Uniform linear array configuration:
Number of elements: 12
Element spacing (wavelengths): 0.75
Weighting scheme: uniform
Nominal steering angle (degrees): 30
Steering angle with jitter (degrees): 29.77
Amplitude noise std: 0.05
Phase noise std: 0.05

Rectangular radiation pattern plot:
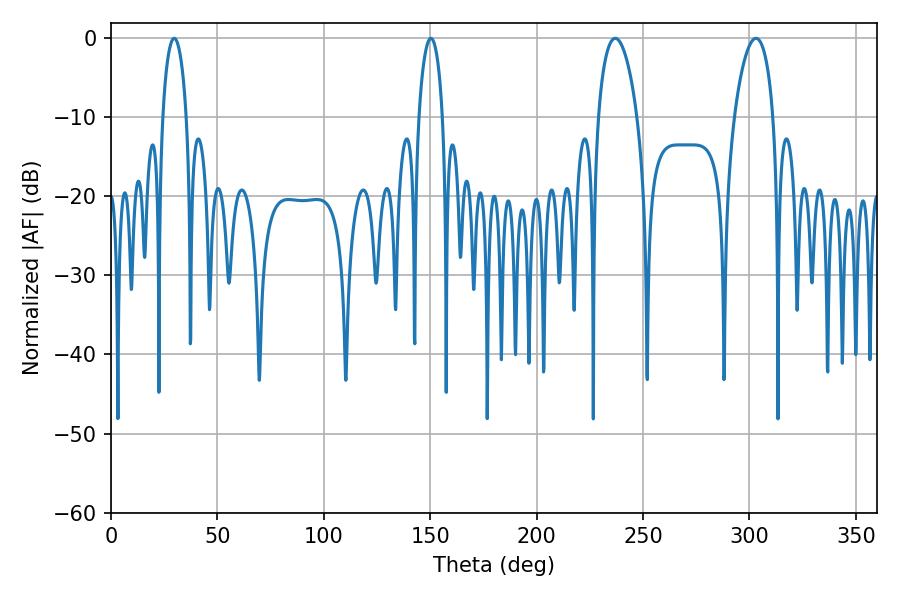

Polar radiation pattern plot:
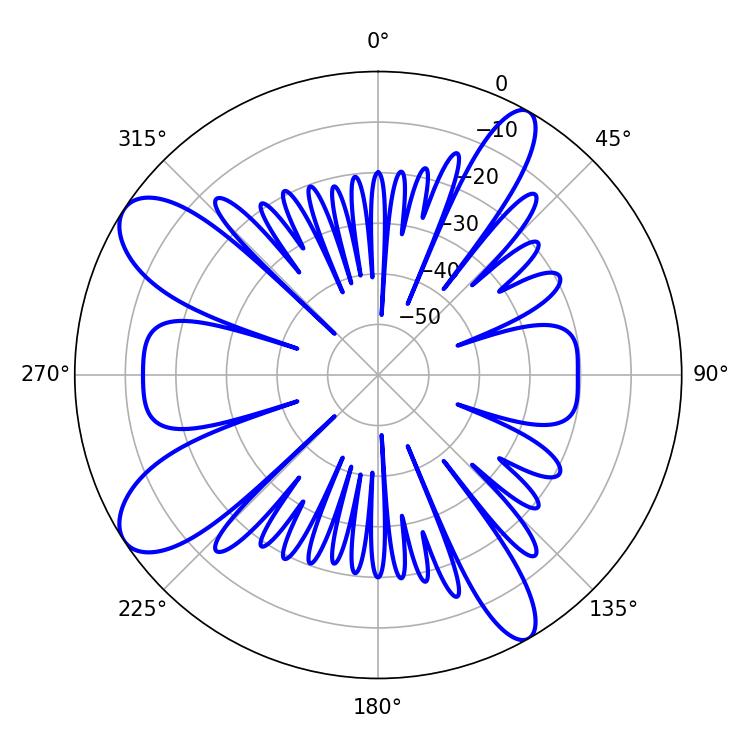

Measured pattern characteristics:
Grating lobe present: TRUE
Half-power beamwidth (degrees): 6.48
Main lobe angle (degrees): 29.7